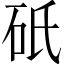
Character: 𬒀